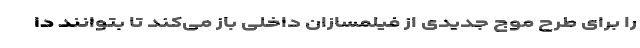
را برای طرح موج جدیدی از فیلمسازان داخلی باز می‌کند تا بتوانند دا